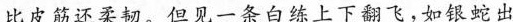
比皮筋还柔彻。但见一条白练上下翻飞，如银蛇出